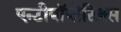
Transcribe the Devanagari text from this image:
एन्टीबॉयोटिक्स